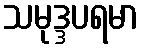
သမုဒ္ဒပရမာ